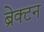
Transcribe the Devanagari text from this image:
ब्रेक्टन